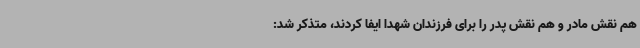
هم نقش مادر و هم نقش پدر را برای فرزندان شهدا ایفا کردند، متذکر شد: